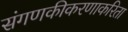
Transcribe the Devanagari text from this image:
संगणकीकरणाकरिता